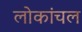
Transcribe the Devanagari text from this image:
लोकांचल